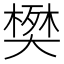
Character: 𫯹